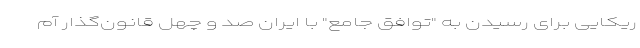
ریکایی برای رسیدن به "توافق جامع" با ایران صد و چهل قانون‌گذار آم